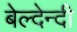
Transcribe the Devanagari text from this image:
बेल्देन्दी